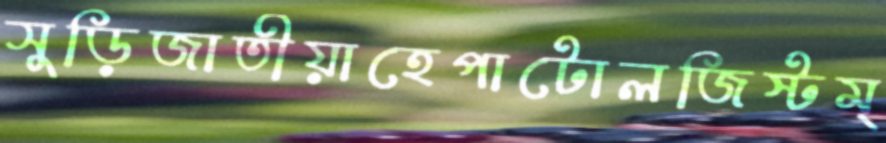
সুড়িজাতীয়াহেপাটোলজিস্টম্